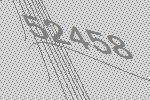
52458